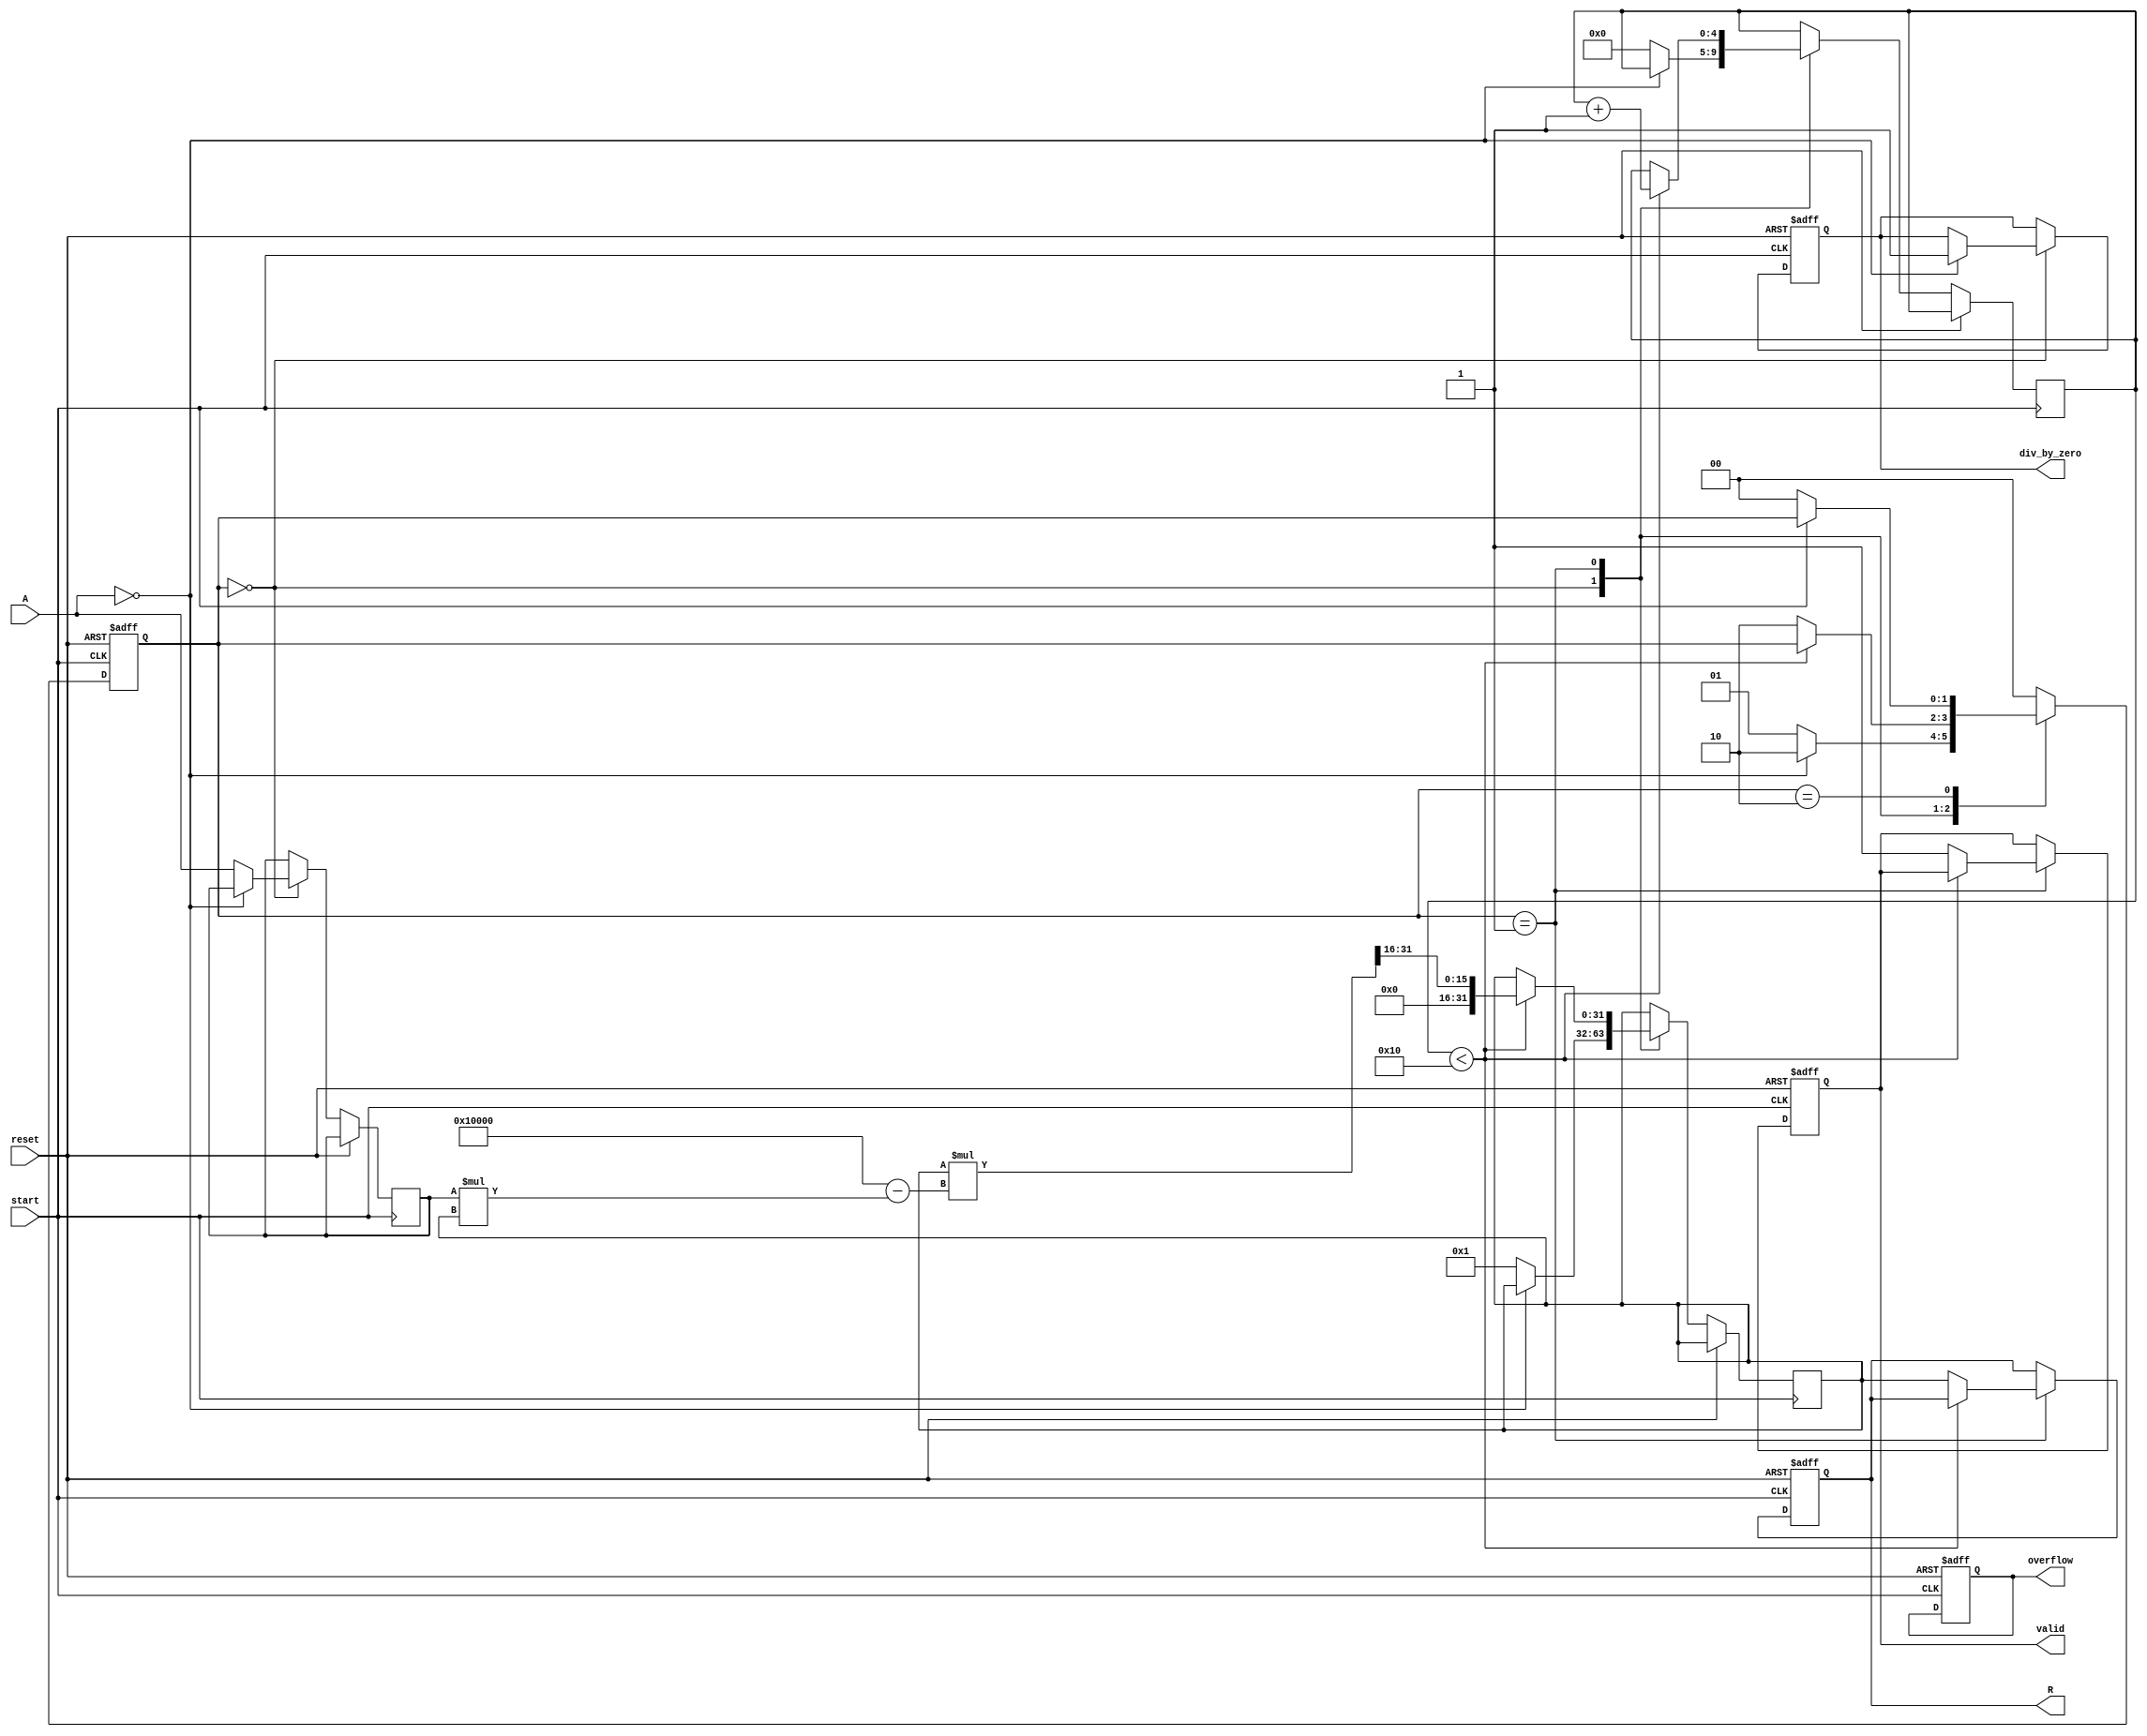
module BitwiseReciprocal (
    input  wire [15:0] A,         // Input Data (16-bit)
    input  wire start,             // Start signal
    input  wire reset,             // Reset signal
    output reg  [31:0] R,          // Reciprocal Output (32-bit)
    output reg  valid,             // Valid output flag
    output reg  overflow,          // Overflow flag
    output reg  div_by_zero        // Division by zero flag
);

    // Internal parameters
    parameter MAX_ITER = 16;      // Maximum number of iterations for convergence
    reg [15:0] input_reg;          // Register to hold the input value
    reg [31:0] approx;             // Current approximation of the reciprocal
    reg [4:0] iter_count;          // Iteration counter
    reg [1:0] state;               // State machine (0: idle, 1: computing, 2: done)

    // State machine states
    localparam IDLE = 2'b00;
    localparam COMPUTING = 2'b01;
    localparam DONE = 2'b10;

    // Always block for state machine and computation
    always @(posedge start or posedge reset) begin
        if (reset) begin
            R <= 32'b0;
            valid <= 1'b0;
            overflow <= 1'b0;
            div_by_zero <= 1'b0;
            state <= IDLE;
        end else begin
            case (state)
                IDLE: begin
                    if (A == 16'b0) begin
                        div_by_zero <= 1'b1; // Handle division by zero
                        state <= DONE;
                    end else begin
                        input_reg <= A;
                        approx <= {16'b0, 16'b1}; // Start with an initial approximation of 1
                        iter_count <= 5'b0;
                        state <= COMPUTING;
                    end
                end
                
                COMPUTING: begin
                    if (iter_count < MAX_ITER) begin
                        // Bitwise reciprocal approximation using Newton's method
                        approx <= approx * (2**16 - input_reg * approx) >> 16; // Update approximation
                        iter_count <= iter_count + 1;
                    end else begin
                        R <= approx; // Final approximation
                        valid <= 1'b1; // Set valid output flag
                        state <= DONE;
                    end
                end
                
                DONE: begin
                    // Optionally reset or wait for next input
                    if (!start) begin
                        state <= IDLE; // Go back to idle state
                    end
                end
                
                default: state <= IDLE;
            endcase
        end
    end

endmodule